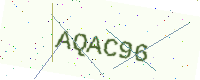
Text: AQAC96